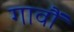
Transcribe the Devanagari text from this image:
गावौं